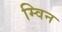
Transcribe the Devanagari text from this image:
म्विन